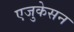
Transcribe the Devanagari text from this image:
एजुकेसन